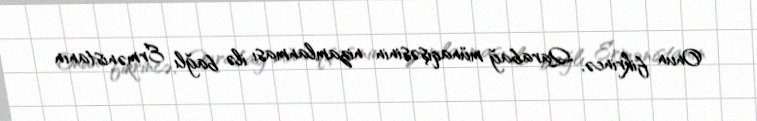
Onun fikrincə, Qarabağ münaqişəsinin nizamlanması ilə bağlı Ermənistanın